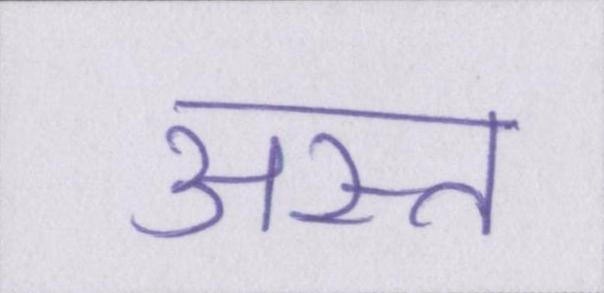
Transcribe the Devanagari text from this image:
अस्त